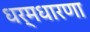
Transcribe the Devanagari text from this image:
धर्मधारणा